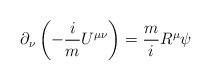
LaTeX: \begin{align*}\partial _{\nu }\left( -\frac{i}{m}U^{\mu \nu }\right) =\frac{m}{i}R^{\mu}\psi \end{align*}